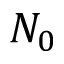
N _ { 0 }